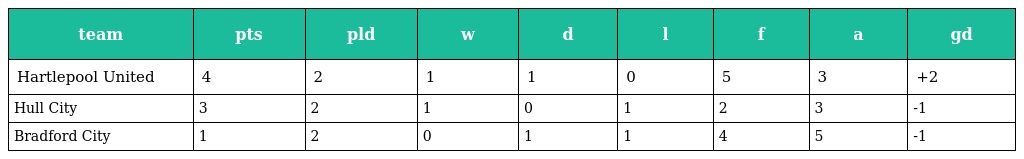
| team | pts | pld | w | d | l | f | a | gd |
 | --- | --- | --- | --- | --- | --- | --- | --- | --- |
 | Hartlepool United | 4 | 2 | 1 | 1 | 0 | 5 | 3 | +2 |
 | Hull City | 3 | 2 | 1 | 0 | 1 | 2 | 3 | -1 |
 | Bradford City | 1 | 2 | 0 | 1 | 1 | 4 | 5 | -1 |